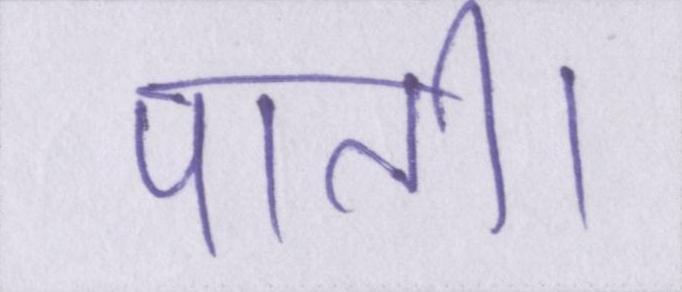
पाती।